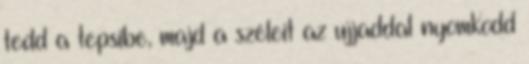
tedd a tepsibe, majd a széleit az ujjaddal nyomkodd